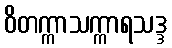
ဝိတက္ကာသက္ကာရသဒ္ဒ